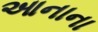
આનાના